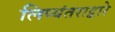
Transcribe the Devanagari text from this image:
लिप्यंतराद्वारे